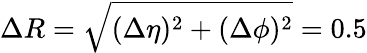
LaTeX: \Delta R=\sqrt{(\Delta\eta)^{2}+(\Delta\phi)^{2}}=0.5